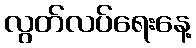
လွတ်လပ်ရေးနေ့